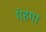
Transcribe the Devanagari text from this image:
गंहगा